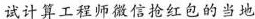
试计算工程师微信抢红包的当地